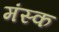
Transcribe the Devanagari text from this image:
मंस्क